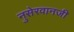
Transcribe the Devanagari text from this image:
नुसेरवानजी